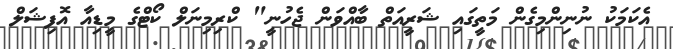
އެކަމަކު ނުނިންމިގެން މަތީގައި ޝަރީއަތް ބާއްވަން ޖެހުނީ" ކްރިމިނަލް ކޯޓްގެ މީޑިއާ އޮފިޝަލް